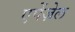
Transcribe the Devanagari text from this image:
एपेंज़ेल